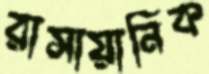
রাসায়ানিক